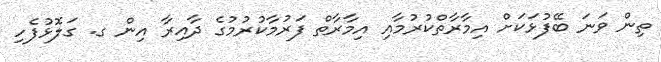
ތިން ވަނަ ބޭފުޅަކަށް އިމާރާތްކުރުމާއި އިމާރާތް ފަރުމާކުރުމުގެ ދާއިރާ އިން ގ. ގަލޮޅުފެހި